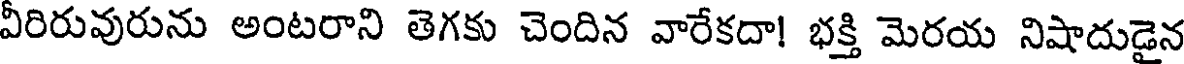
వీరిరువురును అంటరాని తెగకు చెందిన వారేకదా! భక్తి మెరయ నిషాదుడైన